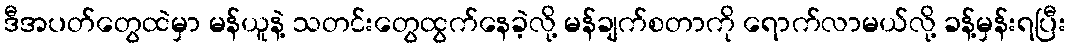
ဒီအပတ်တွေထဲမှာ မန်ယူနဲ့ သတင်းတွေထွက်နေခဲ့လို့ မန်ချက်စတာကို ရောက်လာမယ်လို့ ခန့်မှန်းရပြီး